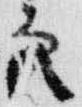
衆